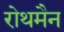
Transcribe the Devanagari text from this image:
रोथमैन